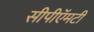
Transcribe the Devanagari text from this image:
सीपीऍमटी